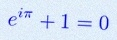
e^{i\pi}+1=0